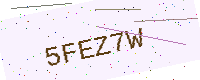
Text: 5FEZ7W